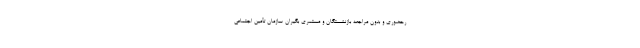
رحضوری و بدون مراجعه بازنشستگان و مستمری بگیران سازمان تأمین اجتماعی